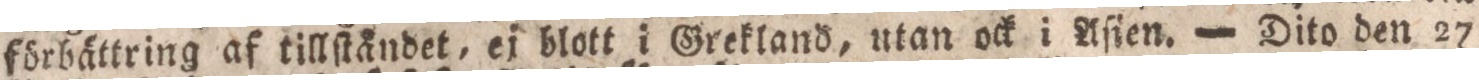
förbättring af tillſtåndet, ej blott i Grekland, utan ock i Aſien. — Dito den 27